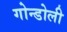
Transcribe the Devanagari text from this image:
गोन्डोली